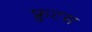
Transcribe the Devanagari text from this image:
फ्रुटस